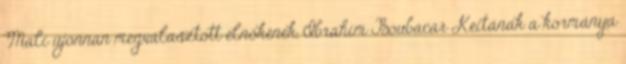
Mali újonnan megválasztott elnökének, Ibrahim Boubacar Keitának a kormánya